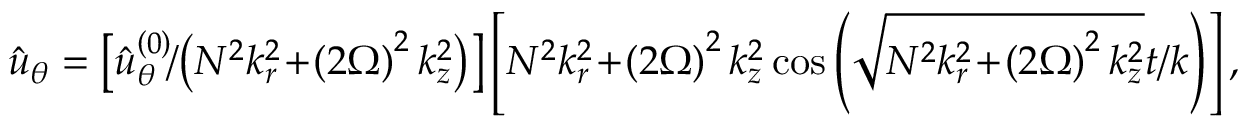
\hat { u } _ { \theta } = \left[ \hat { u } _ { \theta } ^ { \left( 0 \right) } \! / \! \left( N ^ { 2 } k _ { r } ^ { 2 } \! + \! \left( 2 \Omega \right) ^ { 2 } k _ { z } ^ { 2 } \right) \right] \left[ N ^ { 2 } k _ { r } ^ { 2 } \! + \! \left( 2 \Omega \right) ^ { 2 } k _ { z } ^ { 2 } \cos \left( \sqrt { N ^ { 2 } k _ { r } ^ { 2 } \! + \! \left( 2 \Omega \right) ^ { 2 } k _ { z } ^ { 2 } } t / k \right) \right] ,